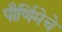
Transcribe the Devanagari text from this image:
पौर्णिमेचे